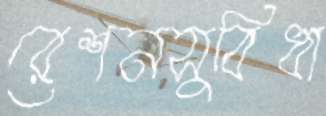
রেশনসুবিধা